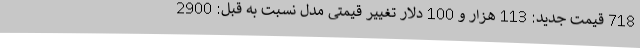
718 قیمت جدید: 113 هزار و 100 دلار تغییر قیمتی مدل نسبت به قبل: 2900